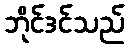
ဘိုင်ဒင်သည်